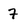
Character: 7